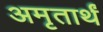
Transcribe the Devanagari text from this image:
अमृतार्थं